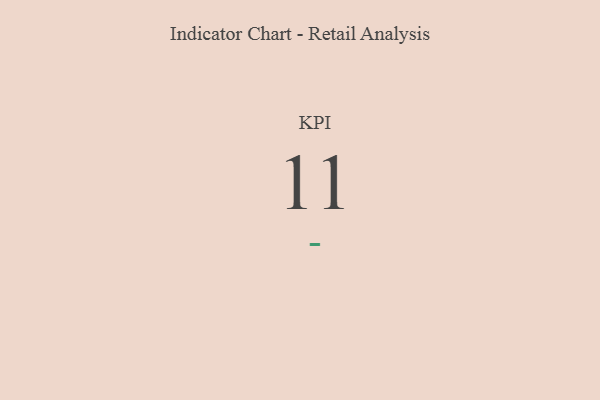
{"axis": {"x": "KPI", "y": "Value"}, "legend": [""], "data": [{"x": "KPI", "y": 11, "type": ""}]}